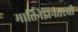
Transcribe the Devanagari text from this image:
मार्तिनेझनंतरची